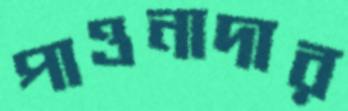
পাওনাদার